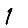
Digit: 1